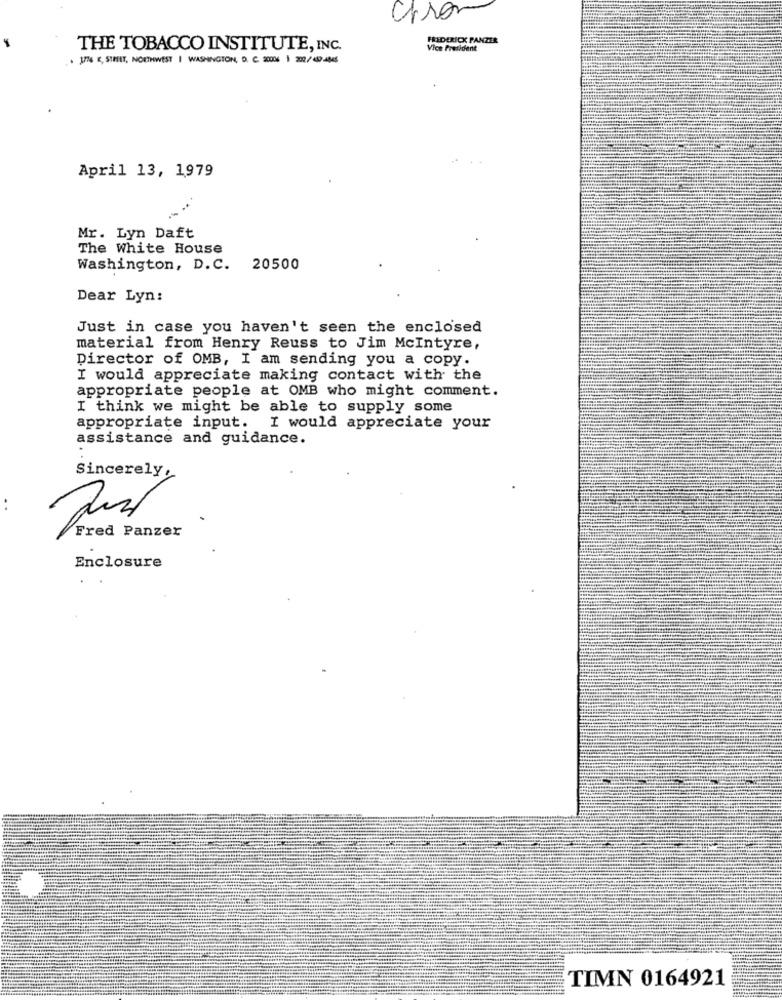
FREDERICK PANZER
THE TOBACCO INSTITUTE, INC.
Vice President
. 1776 K, SIMIT, NORTHWEST | WASHINGTON, D. C. 20006 | 202/459-4845
April 13, 1979
Mr. Lyn Daft
The White House
Washington, D.C. 20500
Dear Lyn:
Just in case you haven't seen the enclosed
material from Henry Reuss to Jim McIntyre,
Director of OMB, I am sending you a copy.
I would appreciate making contact with the
appropriate people at OMB who might comment.
I think we might be able to supply some
appropriate input. I would appreciate your
assistance and guidance.
Sincerely,
. .
Fred Panzer
Enclosure
TIMN 0164921